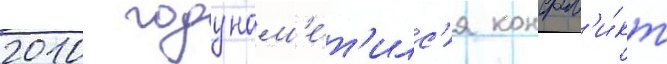
2010 году нам'е́т'илс'я конфл'и́кт